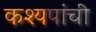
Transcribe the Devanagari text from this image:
कश्यपांची